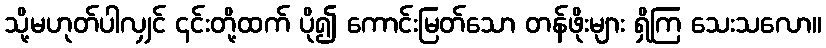
သို့မဟုတ်ပါလျှင် ၎င်းတို့ထက် ပို၍ ကောင်းမြတ်သော တန်ဖိုးများ ရှိကြ သေးသလော။